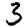
Digit: 3